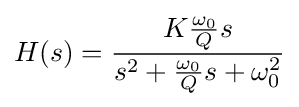
H(s)={\frac {K{\frac {\omega _{0}}{Q}}s}{s^{2}+{\frac {\omega _{0}}{Q}}s+\omega _{0}^{2}}}